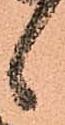
候